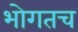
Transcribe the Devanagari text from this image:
भोगतच